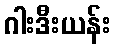
ဂါးဒီးယန်း